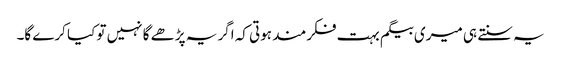
یہ سنتے ہی میری بیگم بہت فکرمند ہوتی کہ اگر یہ پڑھے گا نہیں تو کیا کرے گا۔